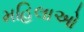
મહિલાઓ